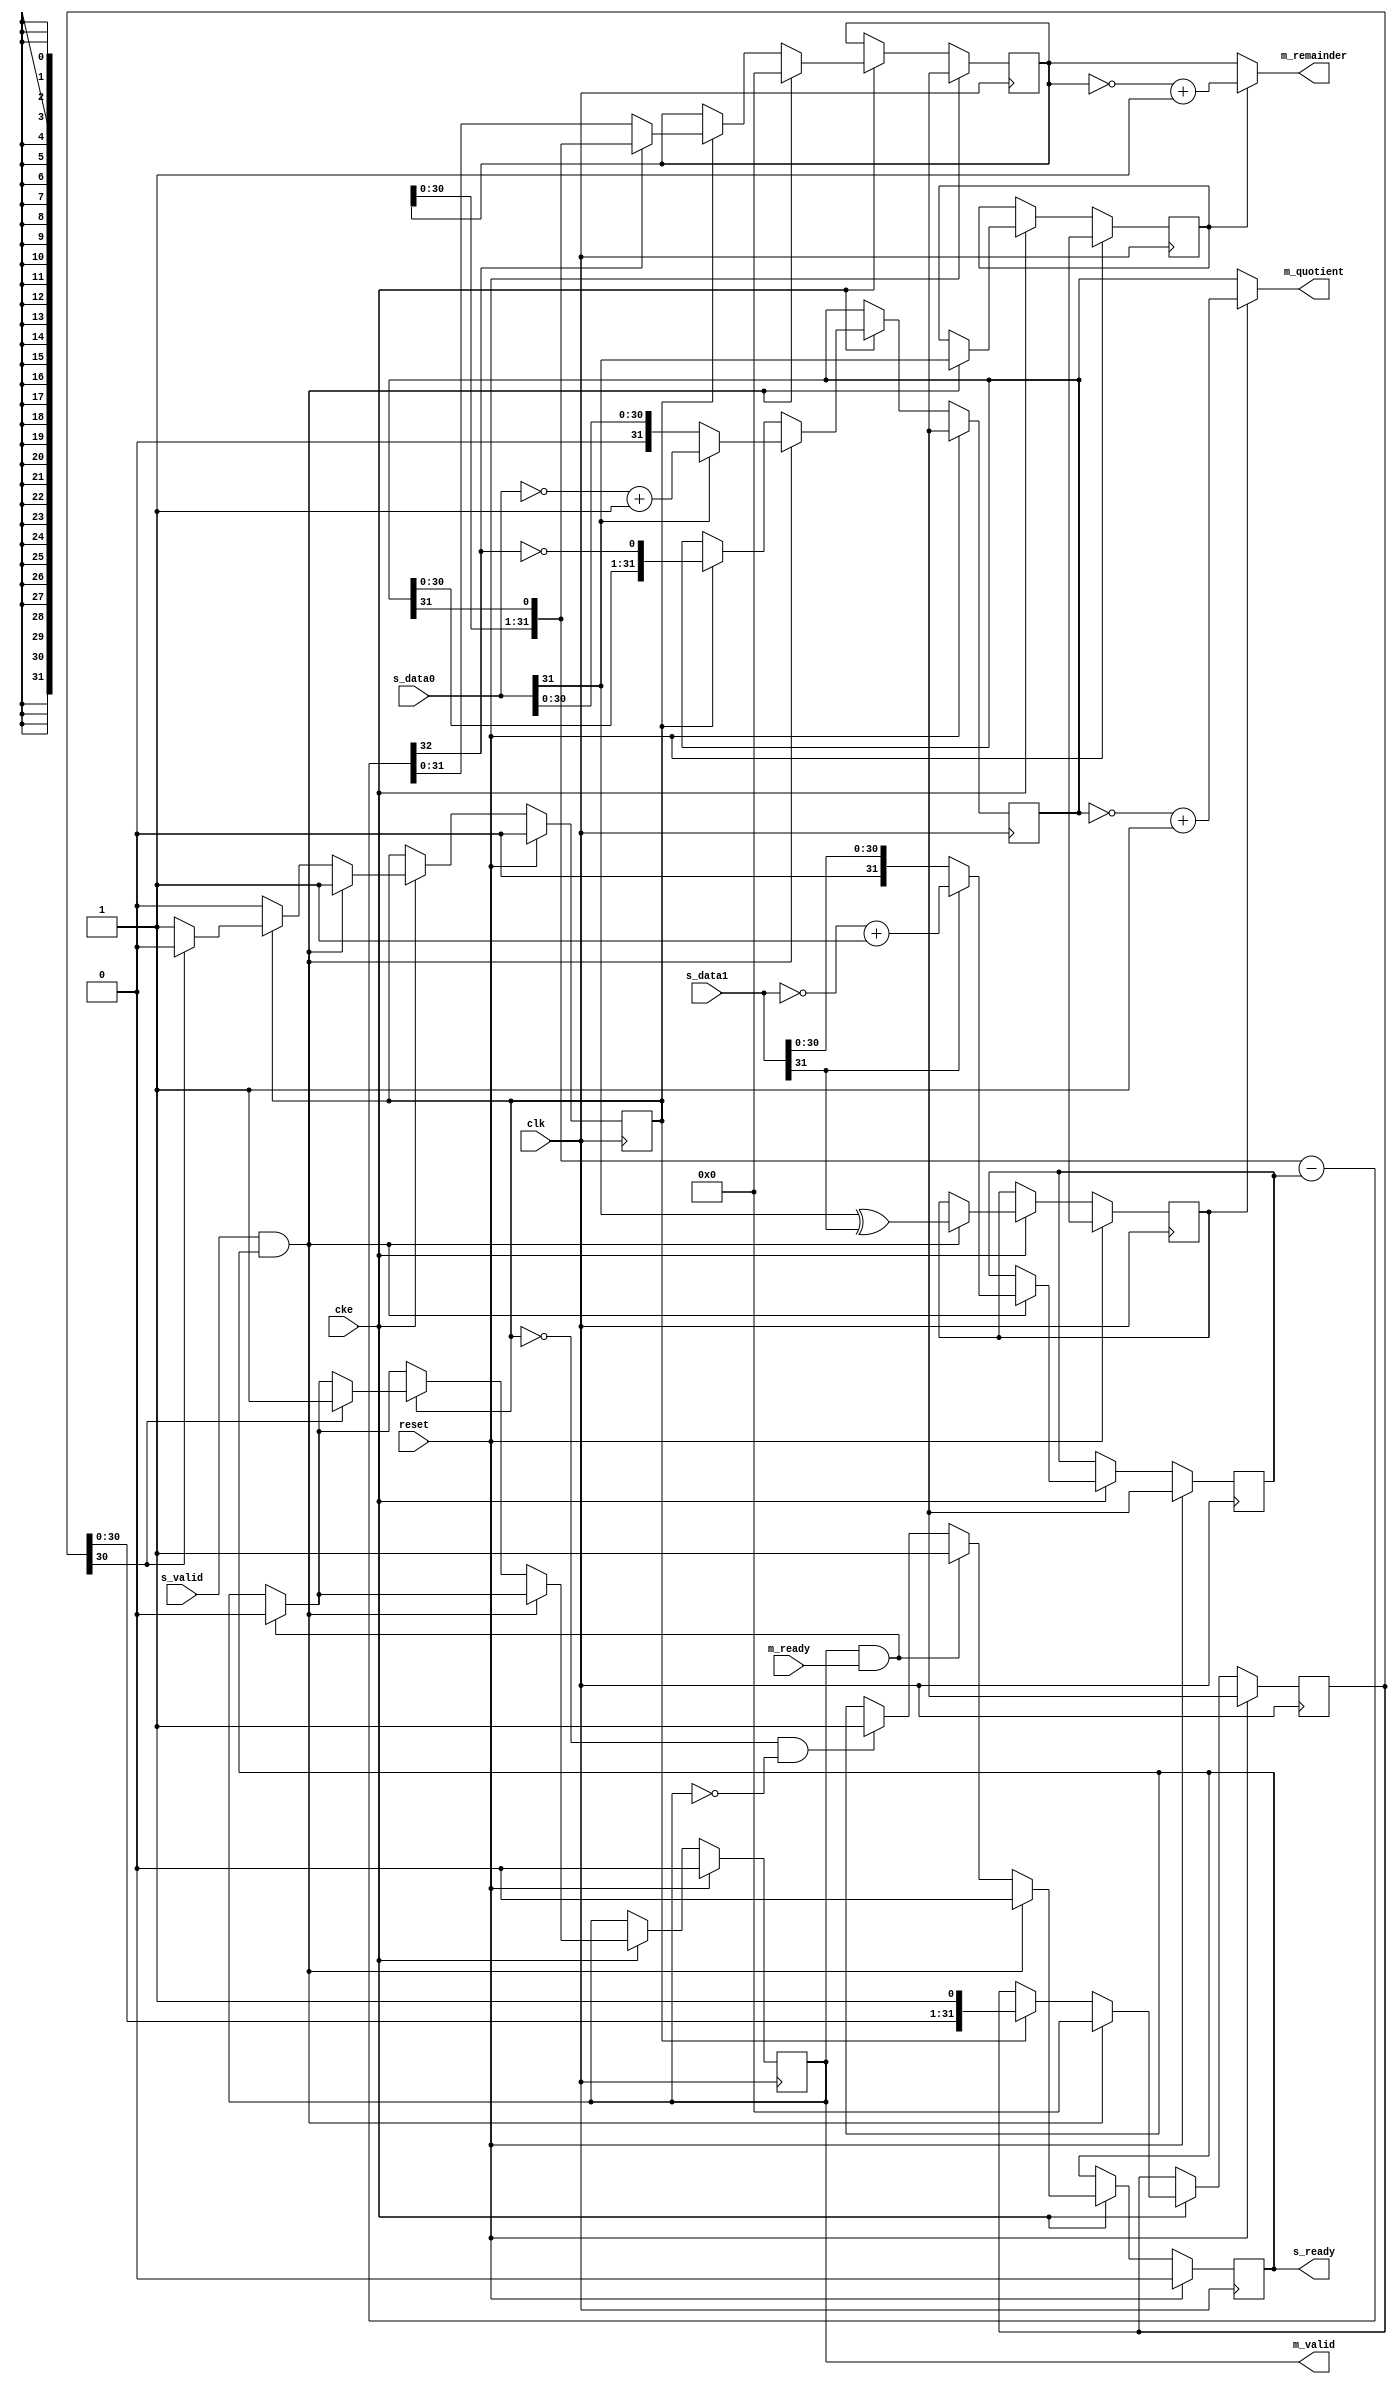
// This program was cloned from: https://github.com/ryuz/jelly
// License: MIT License

// ---------------------------------------------------------------------------
//  Jelly  -- The platform for real-time computing
//
//                                 Copyright (C) 2008-2020 by Ryuz
//                                 https://github.com/ryuz/jelly.git
// ---------------------------------------------------------------------------



`timescale       1ns / 1ps
`default_nettype none


// example
//  7 /  3 =  2,  7 %  3 =  1
//  7 / -3 = -2,  7 % -3 =  1
// -7 /  3 = -2, -7 %  3 = -1
// -7 / -3 =  2, -7 % -3 = -1

// 
module jelly_signed_divide_multicycle
        #(
            parameter   DATA_WIDTH = 32
        )
        (
            input   wire                                reset,
            input   wire                                clk,
            input   wire                                cke,
            
            // input
            input   wire    signed  [DATA_WIDTH-1:0]    s_data0,
            input   wire    signed  [DATA_WIDTH-1:0]    s_data1,
            input   wire                                s_valid,
            output  wire                                s_ready,
            
            // output
            output  wire    signed  [DATA_WIDTH-1:0]    m_quotient,
            output  wire    signed  [DATA_WIDTH-1:0]    m_remainder,
            output  wire                                m_valid,
            input   wire                                m_ready
        );
    
    
    // NEG
    function [DATA_WIDTH-1:0]   neg;
    input   [DATA_WIDTH-1:0]    in_data;
        begin
            neg = ~in_data + 1;
        end
    endfunction
    
    // ABS
    function [DATA_WIDTH-1:0]   abs;
    input   [DATA_WIDTH-1:0]    in_data;
        begin
            abs = in_data[DATA_WIDTH-1] ? ~in_data + 1 : in_data;
        end
    endfunction
    
    
    reg                         reg_busy;
    reg                         reg_ready;
    reg                         reg_valid;
    
    reg     [DATA_WIDTH-1:0]    reg_counter;
    wire    [DATA_WIDTH-1:0]    next_counter = {reg_counter, 1'b1};
    
    reg     [DATA_WIDTH-1:0]    reg_quotient;
    reg     [DATA_WIDTH-1:0]    reg_remainder;
    reg     [DATA_WIDTH-1:0]    reg_divisor;

    reg                         reg_quotient_sign;
    reg                         reg_remainder_sign;
    
    
    wire    [DATA_WIDTH-1:0]    remainder1;
    wire    [DATA_WIDTH-1:0]    quotient1;
    wire    [DATA_WIDTH:0]      quotient2;
    
    
    assign {remainder1, quotient1} = {reg_remainder, reg_quotient, ~quotient2[DATA_WIDTH]};
    assign quotient2               = remainder1 - reg_divisor;
    
    always @ ( posedge clk ) begin
        if ( reset ) begin
            reg_busy           <= 1'b0;
            reg_ready          <= 1'b0;
            reg_valid          <= 1'b0;
            reg_counter        <= {DATA_WIDTH{1'bx}};
            reg_quotient       <= {DATA_WIDTH{1'bx}};
            reg_remainder      <= {DATA_WIDTH{1'bx}};
            reg_divisor        <= {DATA_WIDTH{1'bx}};
            reg_quotient_sign  <= 1'bx;
            reg_remainder_sign <= 1'bx;
        end
        else if ( cke ) begin
            if ( !reg_busy && !reg_valid ) begin
                reg_ready <= 1'b1;
            end
            
            if ( m_valid & m_ready ) begin
                reg_valid <= 1'b0;
                reg_ready <= 1'b1;
            end
            
            if ( s_valid & s_ready ) begin
                reg_remainder      <= {DATA_WIDTH{1'b0}};
                reg_quotient       <= abs(s_data0);
                reg_divisor        <= abs(s_data1);
                reg_quotient_sign  <= (s_data0[DATA_WIDTH-1] ^ s_data1[DATA_WIDTH-1]);
                reg_remainder_sign <= s_data0[DATA_WIDTH-1];
                reg_busy           <= 1'b1;
                reg_ready          <= 1'b0;
                reg_counter        <= 0;
            end
            else if ( reg_busy ) begin
                reg_remainder <= quotient2[DATA_WIDTH] ? remainder1 : quotient2[DATA_WIDTH-1:0];
                reg_quotient  <= quotient1;
                
                reg_counter <= next_counter;
                if ( next_counter[DATA_WIDTH-1] ) begin
                    reg_busy  <= 1'b0;
                    reg_valid <= 1'b1;
                end
            end
        end
    end
    
    assign s_ready     = reg_ready;
    
    assign m_quotient  = reg_quotient_sign  ? neg(reg_quotient)  : reg_quotient;
    assign m_remainder = reg_remainder_sign ? neg(reg_remainder) : reg_remainder;
    assign m_valid     = reg_valid;
    
endmodule



`default_nettype wire



// end of file